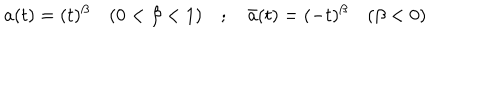
LaTeX: a ( t ) = ( t ) ^ { \beta } \quad ( 0 < \beta < 1 ) \quad ; \quad \bar { a } ( t ) = ( - t ) ^ { \beta } \quad ( \beta < 0 )